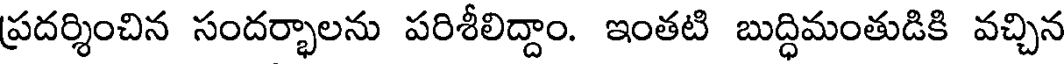
ప్రదర్శించిన సందర్భాలను పరిశీలిద్దాం. ఇంతటి బుద్ధిమంతుడికి వచ్చిన